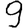
Digit: 9